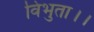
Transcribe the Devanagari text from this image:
विभुता।।